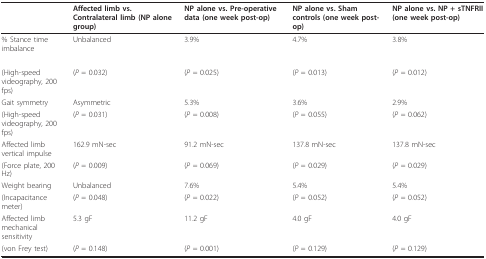
<table><thead><tr><td></td><td><b>Affected limb vs. Contralateral limb (NP alone group)</b></td><td><b>NP alone vs. Pre-operative data (one week post-op)</b></td><td><b>NP alone vs. Sham controls (one week post-op)</b></td><td><b>NP alone vs. NP + sTNFRII (one week post-op)</b></td></tr></thead><tbody><tr><td>% Stance time imbalance</td><td>Unbalanced</td><td>3.9%</td><td>4.7%</td><td>3.8%</td></tr><tr><td>(High-speed videography, 200 fps)</td><td>(<i>P </i>= 0.032)</td><td>(<i>P </i>= 0.025)</td><td>(<i>P </i>= 0.013)</td><td>(<i>P </i>= 0.012)</td></tr><tr><td>Gait symmetry</td><td>Asymmetric</td><td>5.3%</td><td>3.6%</td><td>2.9%</td></tr><tr><td>(High-speed videography, 200 fps)</td><td>(<i>P </i>= 0.031)</td><td>(<i>P </i>= 0.008)</td><td>(<i>P </i>= 0.055)</td><td>(<i>P </i>= 0.062)</td></tr><tr><td>Affected limb vertical impulse</td><td>162.9 mN-sec</td><td>91.2 mN-sec</td><td>137.8 mN-sec</td><td>137.8 mN-sec</td></tr><tr><td>(Force plate, 200 Hz)</td><td>(<i>P </i>= 0.009)</td><td>(<i>P </i>= 0.069)</td><td>(<i>P </i>= 0.029)</td><td>(<i>P </i>= 0.029)</td></tr><tr><td>Weight bearing</td><td>Unbalanced</td><td>7.6%</td><td>5.4%</td><td>5.4%</td></tr><tr><td>(Incapacitance meter)</td><td>(<i>P </i>= 0.048)</td><td>(<i>P </i>= 0.022)</td><td>(<i>P </i>= 0.052)</td><td>(<i>P </i>= 0.052)</td></tr><tr><td>Affected limb mechanical sensitivity</td><td>5.3 gF</td><td>11.2 gF</td><td>4.0 gF</td><td>4.0 gF</td></tr><tr><td>(von Frey test)</td><td>(<i>P </i>= 0.148)</td><td>(<i>P </i>= 0.001)</td><td>(<i>P </i>= 0.129)</td><td>(<i>P </i>= 0.129)</td></tr></tbody></table>